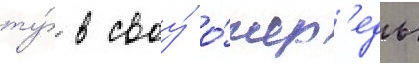
ту́ в своу́ о́чер'едь